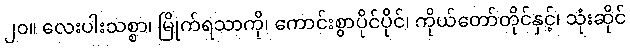
၂၀။ လေးပါးသစ္စာ၊ မြိုက်ရသာကို၊ ကောင်းစွာပိုင်ပိုင်၊ ကိုယ်တော်တိုင်နှင့်၊ သုံးဆိုင်